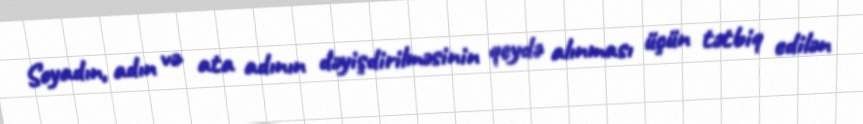
Soyadın, adın və ata adının dəyişdirilməsinin qeydə alınması üçün tətbiq edilən